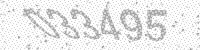
Solution: 033495